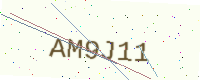
Text: AM9J11